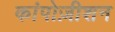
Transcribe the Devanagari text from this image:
कांपोज़ीशन